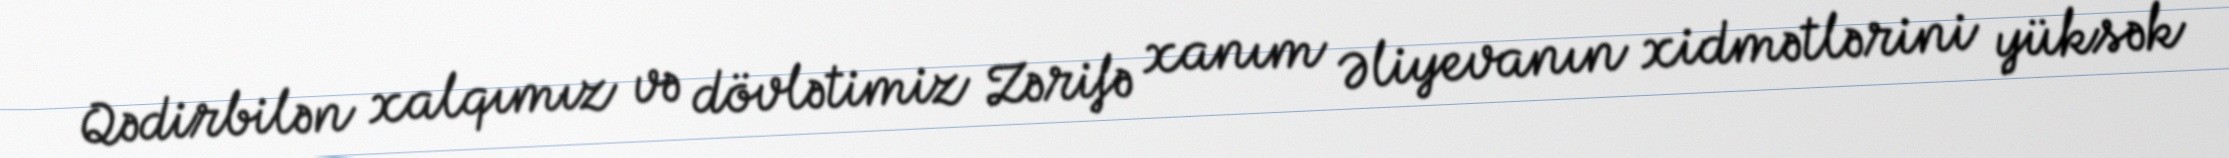
Qədirbilən xalqımız və dövlətimiz Zərifə xanım Əliyevanın xidmətlərini yüksək